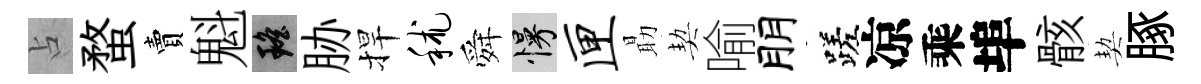
占蝥賣魁瑶胁捍秫舜慢匣朂契喻朋蹉凉乘埠骸契䐁